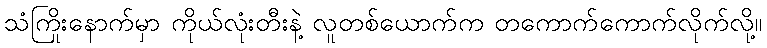
သံကြိုးနောက်မှာ ကိုယ်လုံးတီးနဲ့ လူတစ်ယောက်က တကောက်ကောက်လိုက်လို့။